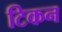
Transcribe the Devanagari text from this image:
टिकन